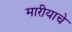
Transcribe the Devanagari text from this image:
मारीयाचे